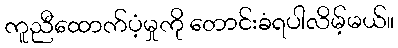
ကူညီထောက်ပံ့မှုကို တောင်းခံရပါလိမ့်မယ်။